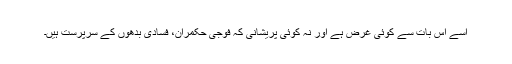
اسے اس بات سے کوئی غرض ہے اور نہ کوئی پریشانی کہ فوجی حکمران، فسادی بدھوں کے سرپرست ہیں۔